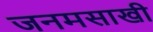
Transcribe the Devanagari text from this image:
जनमसाखी